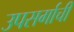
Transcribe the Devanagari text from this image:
उपसर्गाची